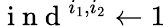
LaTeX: \mathrm{~i~n~d~}^{i_{1},i_{2}}\gets 1